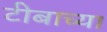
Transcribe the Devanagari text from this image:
टीबाच्या